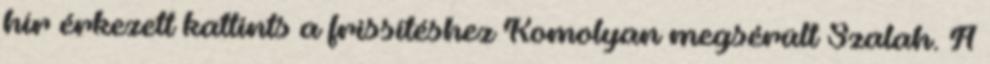
hír érkezett kattints a frissítéshez Komolyan megsérült Szalah. A